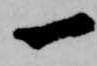
一